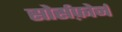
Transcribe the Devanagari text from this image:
सोर्सफ़ोर्ज